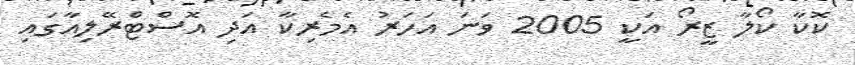
ކޮކާ ކޯލާ ޒީރޯ އަކީ 2005 ވަނަ އަހަރު އެމެރިކާ އަދި އޮސްޓްރޭލިއާގައި